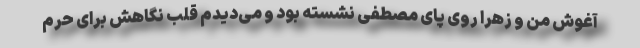
آغوش من و زهرا روی پای مصطفی نشسته بود و می‌دیدم قلب نگاهش برای حرم